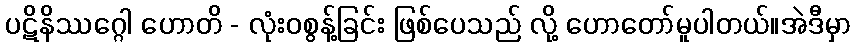
ပဋိနိဿဂ္ဂေါ ဟောတိ - လုံးဝစွန့်ခြင်း ဖြစ်ပေသည် လို့ ဟောတော်မူပါတယ်။အဲဒီမှာ